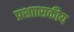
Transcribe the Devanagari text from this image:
प्रशाासकीय